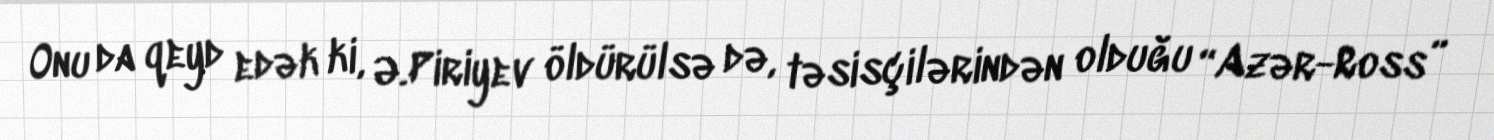
Onu da qeyd edək ki, Ə.Piriyev öldürülsə də, təsisçilərindən olduğu “Azər-Ross”